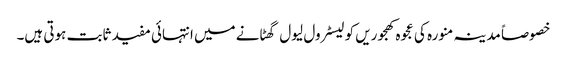
خصوصاً مدینہ منورہ کی عجوہ کھجوریں کولیسٹرول لیول گھٹانے میں انتہائی مفید ثابت ہوتی ہیں۔